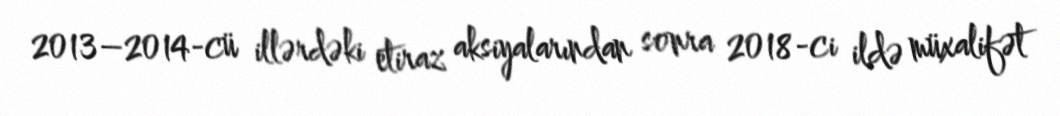
2013–2014-cü illərdəki etiraz aksiyalarından sonra 2018-ci ildə müxalifət